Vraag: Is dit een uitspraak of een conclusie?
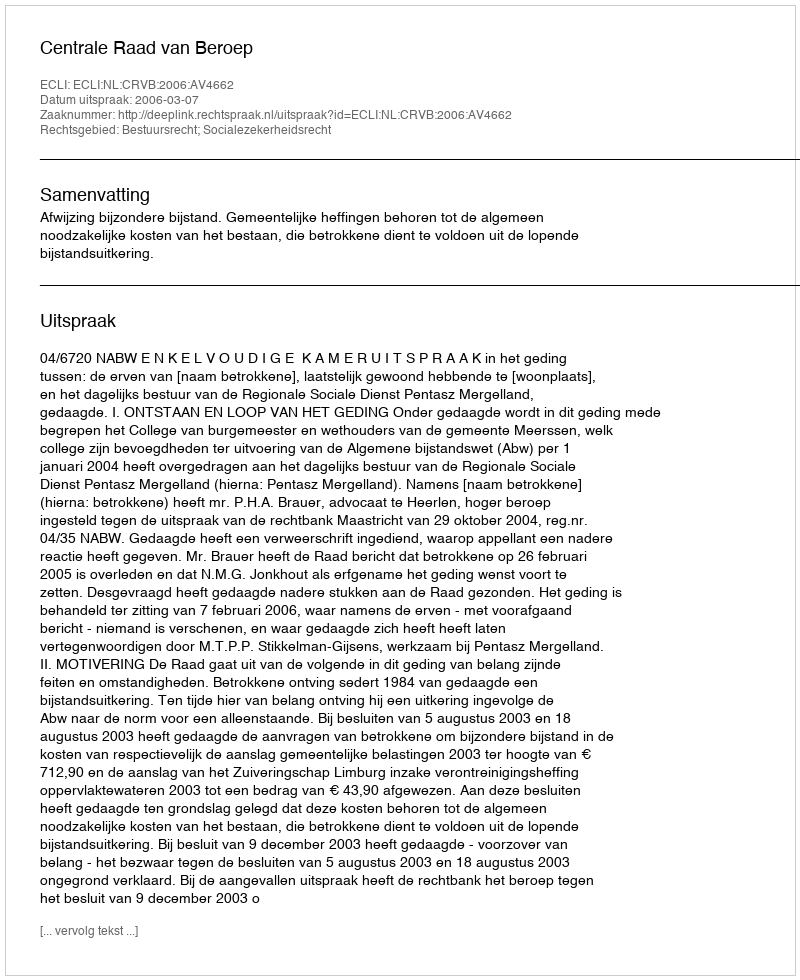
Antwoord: Uitspraak